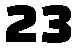
23